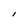
Character: I